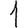
Digit: 1